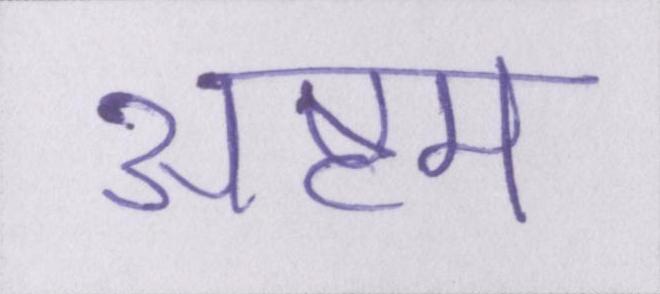
अष्टम